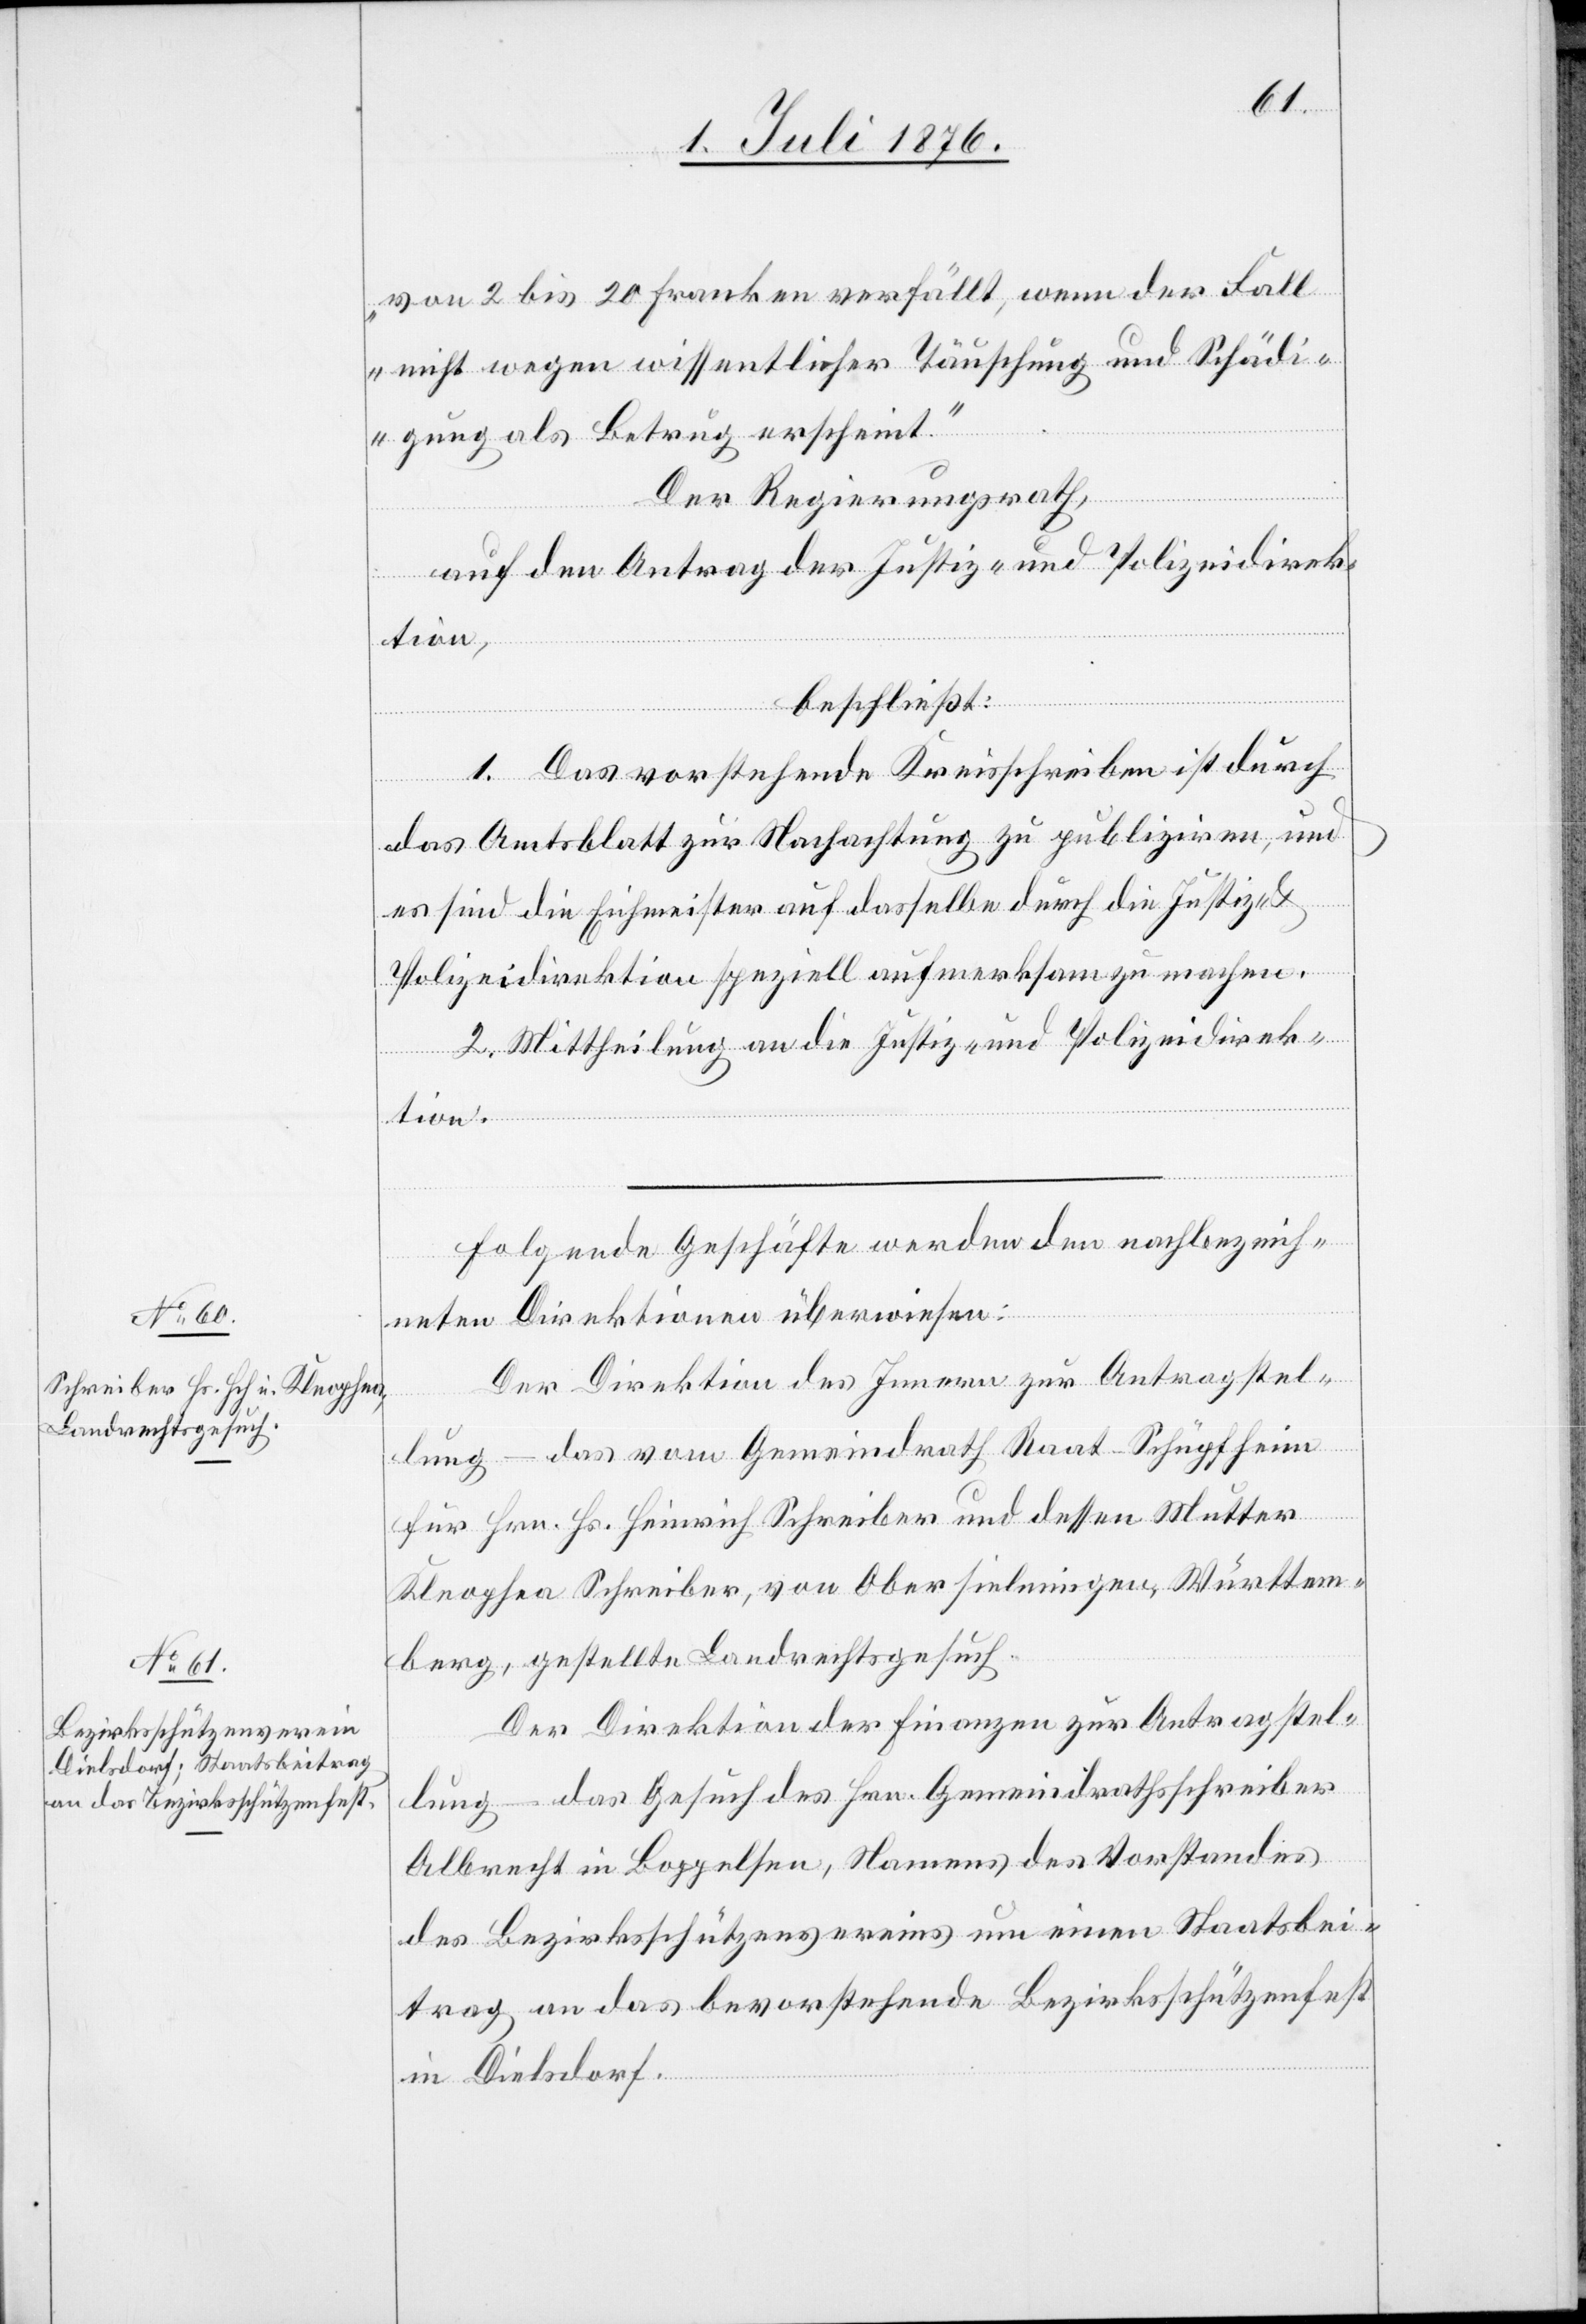
7. Juli 1876]
von 2 bis 20 Franken verfällt, wenn der Fall
nicht wegen wissentlicher Täuschung und Schädi¬
gung als Betrug erscheint.“
Der Regierungsrath,
auf den Antrag der Justiz- und Polizeidirek¬
tion,
beschließt:
1. Das vorstehende Kreisschreiben ist durch
das Amtsblatt zur Nachachtung zu publiziren, und
es sind die Eichmeister auf dasselbe durch die Justiz-
Polizeidirektion speziell aufmerksam zu machen.
2. Mittheilung an die Justiz- und Polizeidirek¬
tion.
Folgende Geschäfte werden den nachbezeich¬
neten Direktionen überwiesen:
Der Direktion des Innern zur Antragstel¬
lung – das vom Gemeindrath Raat - Schüpfheim
für Hrn. Hs. Heinrich Schreiber und dessen Mutter
Kleophea Schreiber, von Obersielmingen, Württem¬
berg, gestellte Landrechtesgesuch.
Der Direktion der Finanzen zur Antragstel¬
lung – das Gesuch des Hrn. Gemeindrathsschreiber
Albrecht in Boppelsen, Namens des Vorstandes
des Bezirksschützenvereins um einen Staatsbei¬
trag an das bevorstehende Bezirksschützenfest
in Dielsdorf.